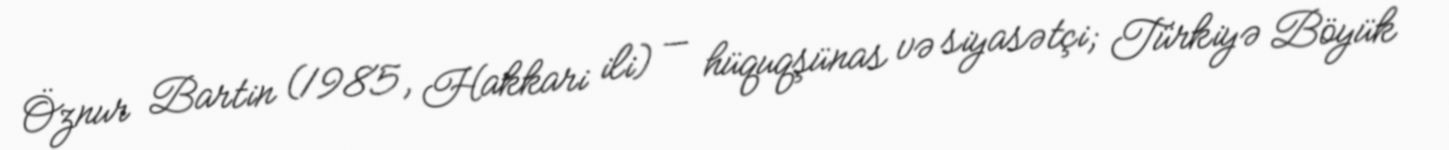
Öznur Bartin (1985, Hakkari ili) — hüquqşünas və siyasətçi; Türkiyə Böyük